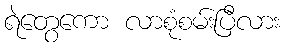
ရဲတွေကော လာစုံစမ်းပြီလား